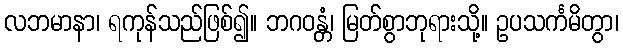
လဘမာနာ၊ ရကုန်သည်ဖြစ်၍။ ဘဂဝန္တံ၊ မြတ်စွာဘုရားသို့။ ဥပသင်္ကမိတွာ၊